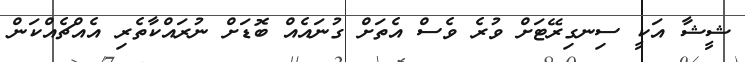
ޝީޝާ އަކީ ސިނގިރޭޓަށް ވުރެ ވެސް އެތަށް ގުނައެއް ބޮޑަށް ނުރައްކާތެރި އެއްޗެެއްކަން